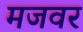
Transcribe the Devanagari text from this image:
मजवर